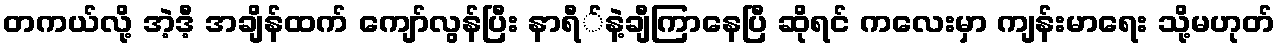
တကယ်လို့ အဲ့ဒီ့ အချိန်ထက် ကျော်လွန်ပြီး နာရီ်နဲ့ချီကြာနေပြီ ဆိုရင် ကလေးမှာ ကျန်းမာရေး သို့မဟုတ်